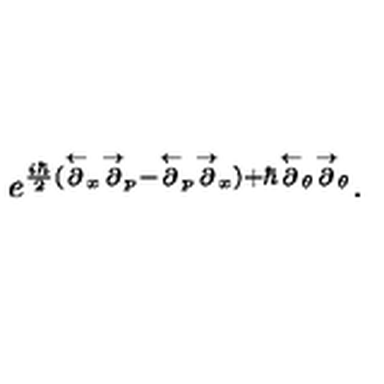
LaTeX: e ^ { { \frac { i \hbar } { 2 } } ( \stackrel { \leftarrow } { \partial } _ { x } \stackrel { \rightarrow } { \partial } _ { p } - \stackrel { \leftarrow } { \partial } _ { p } \stackrel { \rightarrow } { \partial } _ { x } ) + \hbar \stackrel { \leftarrow } { \partial } _ { \theta } \stackrel { \rightarrow } { \partial } _ { \theta } } .